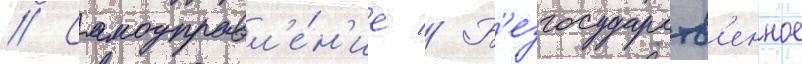
// Самоуправл'е́н'ие // Б'езгосударств'енное